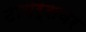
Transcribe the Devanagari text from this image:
टायर्सवर